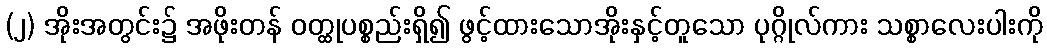
(၂) အိုးအတွင်း၌ အဖိုးတန် ဝတ္ထုပစ္စည်းရှိ၍ ဖွင့်ထားသောအိုးနှင့်တူသော ပုဂ္ဂိုလ်ကား သစ္စာလေးပါးကို